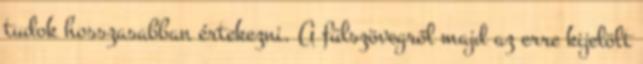
tudok hosszasabban értekezni. A fülszövegről majd az erre kijelölt